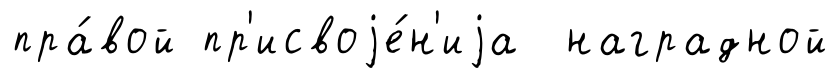
пра́вой пр'исвоjе́н'иjа наградной